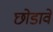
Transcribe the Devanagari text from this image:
छोडावे